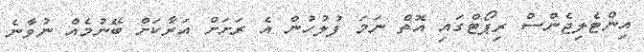
އިންޓެލިޖެންސް ރިޕޯޓްގައި އޮތް ނަމަ ފުލުހުން އެ ރަށަށް އަރާކަށް ބޭނުމެއް ނުވާނެ